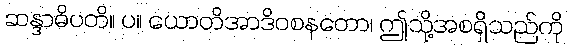
ဆန္ဒာဓိပတိ။ ပ။ ယောတိအာဒိဝစနတော၊ ဤသို့အစရှိသည်ကို